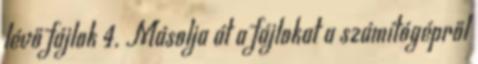
lévő fájlok 4. Másolja át a fájlokat a számítógépről